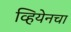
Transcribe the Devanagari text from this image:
व्हियेनचा